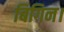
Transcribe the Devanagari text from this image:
बिगिन।